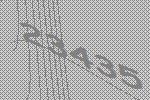
23435